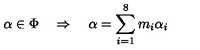
\alpha \in \Phi \quad \Rightarrow \quad \alpha = \sum _ { i = 1 } ^ { 8 } m _ { i } \alpha _ { i }